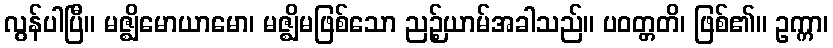
လွန်ပါပြီ။ မဇ္ဈိမောယာမော၊ မဇ္ဈိမဖြစ်သော ညဉ့်ယာမ်အခါသည်။ ပဝတ္တတိ၊ ဖြစ်၏။ ဥက္ကာ၊